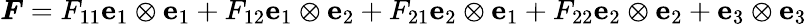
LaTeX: {\boldsymbol{F}}=F_{11}\mathbf{e}_{1}\otimes\mathbf{e}_{1}+F_{12}\mathbf{e}_{1}\otimes\mathbf{e}_{2}+F_{21}\mathbf{e}_{2}\otimes\mathbf{e}_{1}+F_{22}\mathbf{e}_{2}\otimes\mathbf{e}_{2}+\mathbf{e}_{3}\otimes\mathbf{e}_{3}